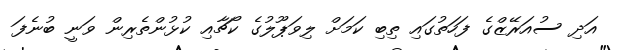
އަދި ސުއަރޭޒްގެ ފަހަތުގައި ތިބި ކަމަށް ލިވަޕޫލުގެ ކޯޗާއި ކުޅުންތެރިން ވަނީ ބުނެފަ